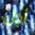
أجل